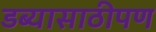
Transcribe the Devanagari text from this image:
डब्यासाठीपण